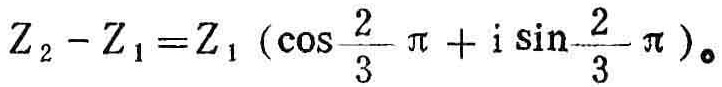
\[Z_{2}-Z_{1}=Z_{1}\left(\cos\frac{2}{3}\pi + i\sin\frac{2}{3}\pi\right)。\]